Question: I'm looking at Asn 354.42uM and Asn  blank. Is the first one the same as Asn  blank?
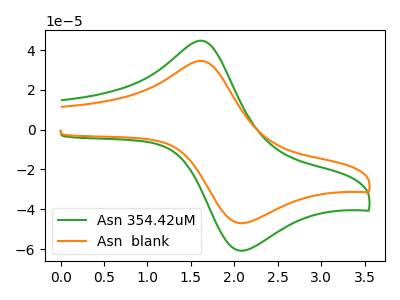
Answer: <think>The green curve "Asn 354.42uM" has an anodic peak at (1.65V, 44.65uA) and a cathodic peak at (2.10V, -60.80uA). The orange curve "Asn  blank" has an anodic peak at (1.65V, 34.50uA) and a cathodic peak at (2.10V, -47.00uA).
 All the peaks in "Asn 354.42uM" have a peak in "Asn  blank" at the same potential. Every peak in "Asn 354.42uM" is higher than every peak in "Asn  blank".</think>
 <answer>"Asn 354.42uM" and "Asn  blank" are similar in shape.</answer>
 <eval>same_shape</eval>